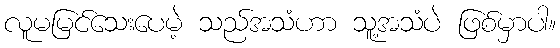
လူမမြင်သေးပေမဲ့ သည်အသံဟာ သူ့အသံပဲ ဖြစ်မှာပါ။